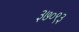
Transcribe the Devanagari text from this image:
३७०९३